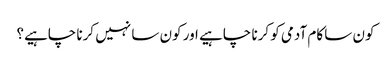
کون سا کام آدمی کو کرنا چاہیے اور کون سا نہیں کرنا چاہیے؟